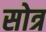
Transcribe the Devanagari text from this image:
सोत्र